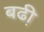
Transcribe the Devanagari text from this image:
बढी़